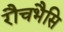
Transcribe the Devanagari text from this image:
रौचभैसि